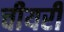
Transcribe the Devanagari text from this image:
चीयरी